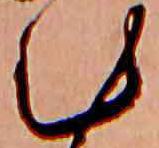
む